Punjab Mental Hospital Lahore 1922-31 - 1922-1931
Year: 1922
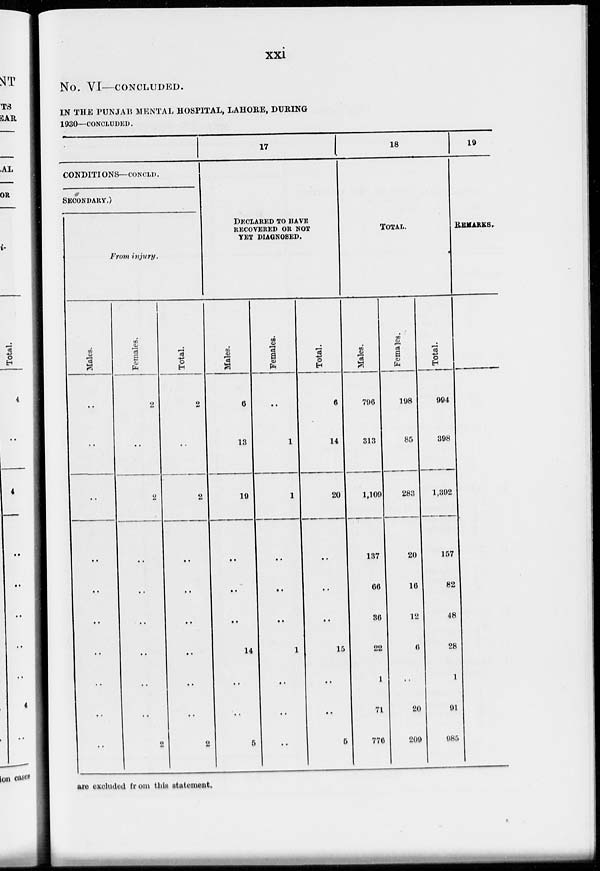
xxi
No. VI—CONCLUDED.
IN THE PUNJAB MENTAL HOSPITAL, LAHORE, DURING
1930—CONCLUDED.
CONDITIONS—CONCLD.
SECONDARY.)
From injury.
Males.
..
..
..
..
..
..
..
..
..
..
Females.
2
..
2
..
..
..
..
..
..
2
Total.
2
..
2
..
..
..
..
..
..
2
17
DECLARED TO HAVE
RECOVERED OR NOT
YET DIAGNOSED.
Males.
6
13
19
..
..
..
14
..
..
5
Females.
..
1
1
..
..
..
1
..
..
..
Total.
6
14
20
..
..
..
15
..
..
5
18
TOTAL.
Males.
796
313
1,109
137
66
36
22
1
71
776
Females.
198
85
283
20
16
12
6
..
20
209
Total.
994
398
1,392
157
82
48
28
1
91
985
19
REMARKS.
are excluded from this statement.